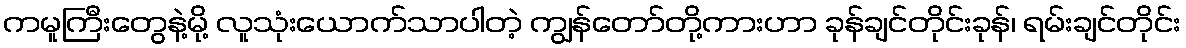
ကမူကြီးတွေနဲ့မို့ လူသုံးယောက်သာပါတဲ့ ကျွန်တော်တို့ကားဟာ ခုန်ချင်တိုင်းခုန်၊ ရမ်းချင်တိုင်း